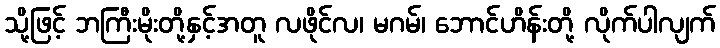
သို့ဖြင့် ဘကြီးမိုးတို့နှင့်အတူ လဖိုင်လ၊ မဂမ်၊ ဘောင်ဟိန်းတို့ လိုက်ပါလျက်